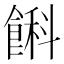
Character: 𩜭